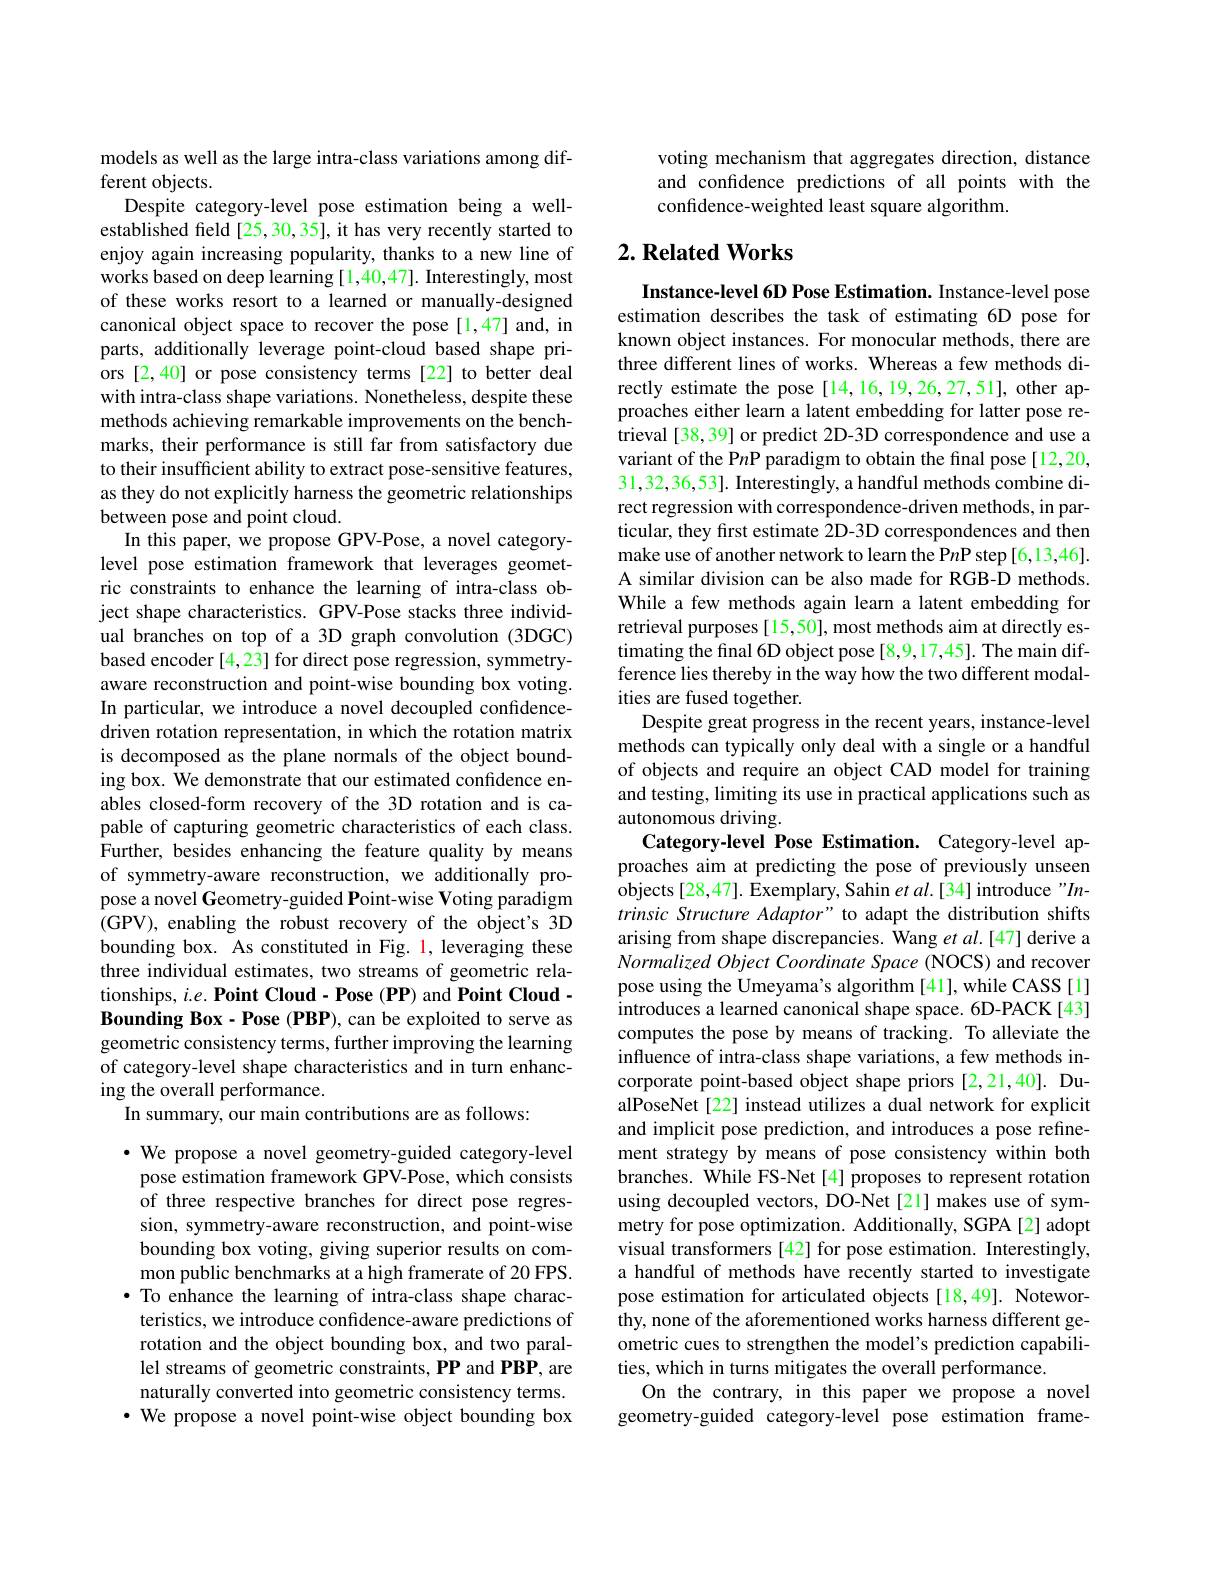
models as well as the large intra-class variations among dif-
ferent objects.
Despite category-level pose estimation being a wellestablished feld [25,30,35], it has very recently started to enjoy again increasing popularity, thanks to a new line of works based on deep learning [1,40,47]. Interestingly, most of these works resort to a learned or manually-designed canonical object space to recover the pose[1,47] and, in parts, additionally leverage point-cloud based shape priors [2,40] or pose consistency terms [22] to better deal with intra-class shape variations. Nonetheless, despite these methods achieving remarkable improvements on the benchmarks, their performance is still far from satisfactory due to their insufficient ability to extract pose-sensitive features, as they do not explicitly harness the geometric relationships between pose and point cloud.
In this paper, we propose GPV-Pose, a novel categorylevel pose estimation framework that leverages geometric constraints to enhance the learning of intra-class object shape characteristics. GPV-Pose stacks three individual branches on top of a 3D graph convolution (3DGC) based encoder [4,23] for direct pose regression, symmetryaware reconstruction and point-wise bounding box voting. In particular, we introduce a novel decoupled confidencedriven rotation representation, in which the rotation matrix is decomposed as the plane normals of the object bounding box. We demonstrate that our estimated confidence enables closed-form recovery of the 3D rotation and is capable of capturing geometric characteristics of each class. Further, besides enhancing the feature quality by means of symmetry-aware reconstruction, we additionally propose a novel Geometry-guided Point-wise Voting paradigm (GPV), enabling the robust recovery of the object's 3D bounding box. As constituted in Fig. 1, leveraging these three individual estimates, two streams of geometric relationships, $i. e. \textbf{Point Cloud- Pose ( PP) and Point Cloud- }$ Bounding Box-Pose (PBP), can be exploited to serve as geometric consistency terms, further improving the learning of category-level shape characteristics and in turn enhancing the overall performance.
In summary, our main contributions are as follows:

$\cdot$ We propose a novel geometry-guided category-level pose estimation framework GPV-Pose, which consists of three respective branches for direct pose regression, symmetry-aware reconstruction, and point-wise bounding box voting, giving superior results on common public benchmarks at a high framerate of 20 FPS. · To enhance the learning of intra-class shape characteristics, we introduce confidence-aware predictions of rotation and the object bounding box, and two parallel streams of geometric constraints, PP and PBP, are naturally converted into geometric consistency terms. $\cdot$ We propose a novel point-wise object bounding box

voting mechanism that aggregates direction, distance and confidence predictions of all points with the confidence-weighted least square algorithm

## $2. \textbf{Related Works}$

Instance-level 6D Pose Estimation. Instance-level pose estimation describes the task of estimating 6D pose for known object instances. For monocular methods, there are three different lines of works. Whereas a few methods directly estimate the pose[14,16,19,26,27,51], other approaches either learn a latent embedding for latter pose retrieval [38,39] or predict 2D-3D correspondence and use a variant of the P$n$P paradigm to obtain the final pose[12,20, 31,32,36,53]. Interestingly, a handful methods combine direct regression with correspondence-driven methods, in particular, they frst estimate 2D-3D correspondences and then make use of another network to learn the P$n$P step [6,13,46]. A similar division can be also made for RGB-D methods. While a few methods again learn a latent embedding for retrieval purposes[15,50], most methods aim at directly estimating the final 6D object pose [8,9,17,45]. The main difference lies thereby in the way how the two different modalities are fused together.
Despite great progress in the recent years, instance-level methods can typically only deal with a single or a handful of objects and require an object CAD model for training and testing, limiting its use in practical applications such as autonomous driving.
Category-level Pose Estimation. Category-level approaches aim at predicting the pose of previously unseen objects [28,47]. Exemplary, Sahin $etal.[34]$ introduce "Intrinsic Structure Adaptor" to adapt the distribution shifts arising from shape discrepancies. Wang et $al.[47]$ derive a Normalized Object Coordinate Space (NOCS) and recover pose using the Umeyama's algorithm [41], while CASS [1] introduces a learned canonical shape space. 6D-PACK[43] computes the pose by means of tracking. To alleviate the influence of intra-class shape variations, a few methods incorporate point-based object shape priors [2,21,40]. DualPoseNet [22] instead utilizes a dual network for explicit and implicit pose prediction, and introduces a pose refinement strategy by means of pose consistency within both branches. While FS-Net[4] proposes to represent rotation using decoupled vectors, DO-Net[21] makes use of symmetry for pose optimization. Additionally, SGPA[2] adopt visual transformers[42] for pose estimation. Interestingly, a handful of methods have recently started to investigate pose estimation for articulated objects [18,49]. Noteworthy, none of the aforementioned works harness different geometric cues to strengthen the model's prediction capabilities, which in turns mitigates the overall performance
On the contrary, in this paper we propose a novel geometry-guided category-level pose estimation frame-